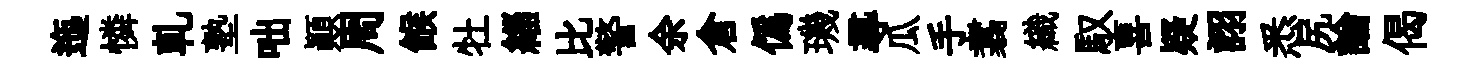
迤憐乹塾咄顚周餱牡緇比警余倉偽璣𡬶瓜手翥織馭喜疑詡悉尻論偈